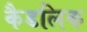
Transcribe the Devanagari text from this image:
कैडलिक